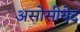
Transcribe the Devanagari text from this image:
असोसीयेट